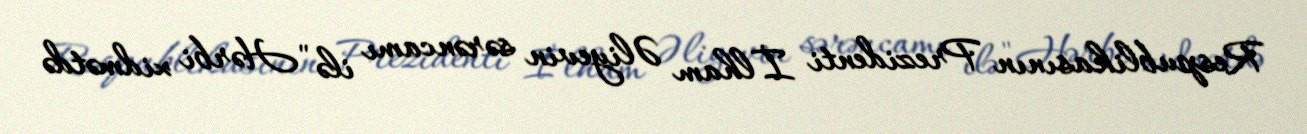
Respublikasının Prezidenti İlham Əliyevin sərəncamı ilə "Hərbi xidmətdə